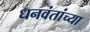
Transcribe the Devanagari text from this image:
धनवंतांच्या